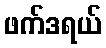
ဖက်ဒရယ်